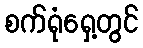
စက်ရုံရှေ့တွင်